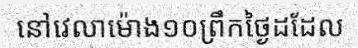
នៅវេលាម៉ោង១០ព្រឹកថ្ងៃដដែល